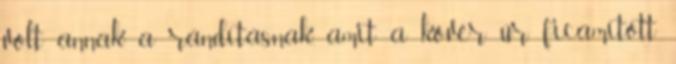
volt annak a rándításnak, amit a kövér úr ficamított